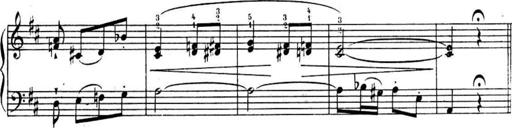
Title: Sonatines
Composer: Hedwige ChrÃ©tien